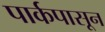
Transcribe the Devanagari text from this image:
पार्कपासून